Indian journal of veterinary science and animal husbandry - Volume 3,
Year: 1933
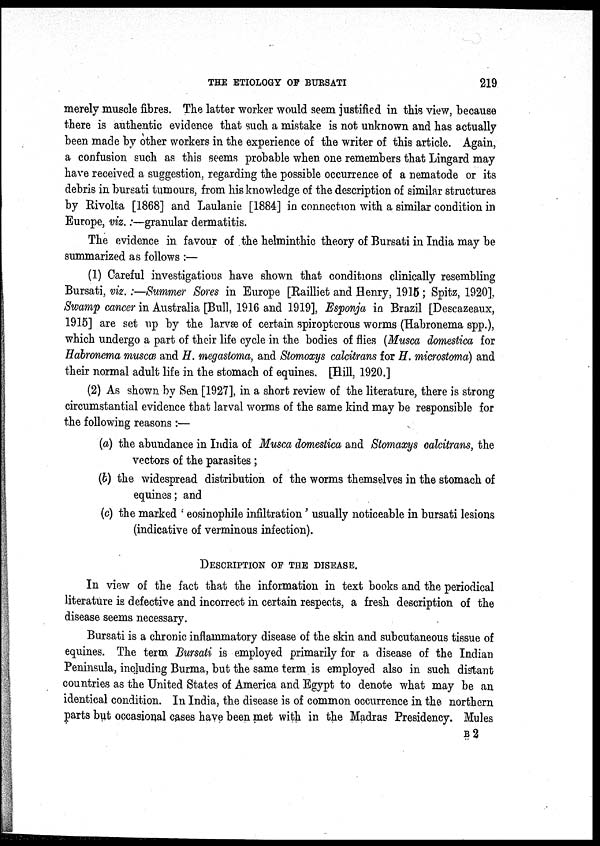
THE ETIOLOGY OF BURSATI
219
merely muscle fibres. The latter worker would seem justified in this view, because
there is authentic evidence that such a mistake is not unknown and has actually
been made by other workers in the experience of the writer of this article. Again,
a confusion such as this seems probable when one remembers that Lingard may
have received a suggestion, regarding the possible occurrence of a nematode or its
debris in bursati tumours, from his knowledge of the description of similar structures
by Rivolta [1868] and Laulanie [1884] in connection with a similar condition in
Europe, viz.:—granular dermatitis.
The evidence in favour of the helminthic theory of Bursati in India may be
summarized as follows :—
(1) Careful investigations have shown that conditions clinically resembling
Bursati, viz.:—Summer Sores in Europe [Railliet and Henry, 1915; Spitz, 1920],
Swamp cancer in Australia [Bull, 1916 and 1919], Esponja in Brazil [Descazeaux,
1915] are set up by the larvæ of certain spiroptcrous worms (Habronema spp.),
which undergo a part of their life cycle in the bodies of flies (Musca domestica for
Habronema muscæ and H. megastoma, and Stomoxys calcitrans for H. microstoma) and
their normal adult life in the stomach of equines. [Hill, 1920.]
(2) As shown by Sen [1927], in a short review of the literature, there is strong
circumstantial evidence that larval worms of the same kind may be responsible for
the following reasons :—
(a) the abundance in India of Musca domestica and Stomaxys calcitrans, the
vectors of the parasites ;
(b) the widespread distribution of the worms themselves in the stomach of
equines; and
(c) the marked ' eosinophile infiltration' usually noticeable in bursati lesions
(indicative of verminous infection).
DESCRIPTION OF THE DISEASE.
In view of the fact that the information in text books and the periodical
literature is defective and incorrect in certain respects, a fresh description of the
disease seems necessary.
Bursati is a chronic inflammatory disease of the skin and subcutaneous tissue of
equines. The term Bursati is employed primarily for a disease of the Indian
Peninsula, including Burma, but the same term is employed also in such distant
countries as the United States of America and Egypt to denote what may be an
identical condition. In India, the disease is of common occurrence in the northern
parts but occasional cases have been met with in the Madras Presidency. Mules
B 2